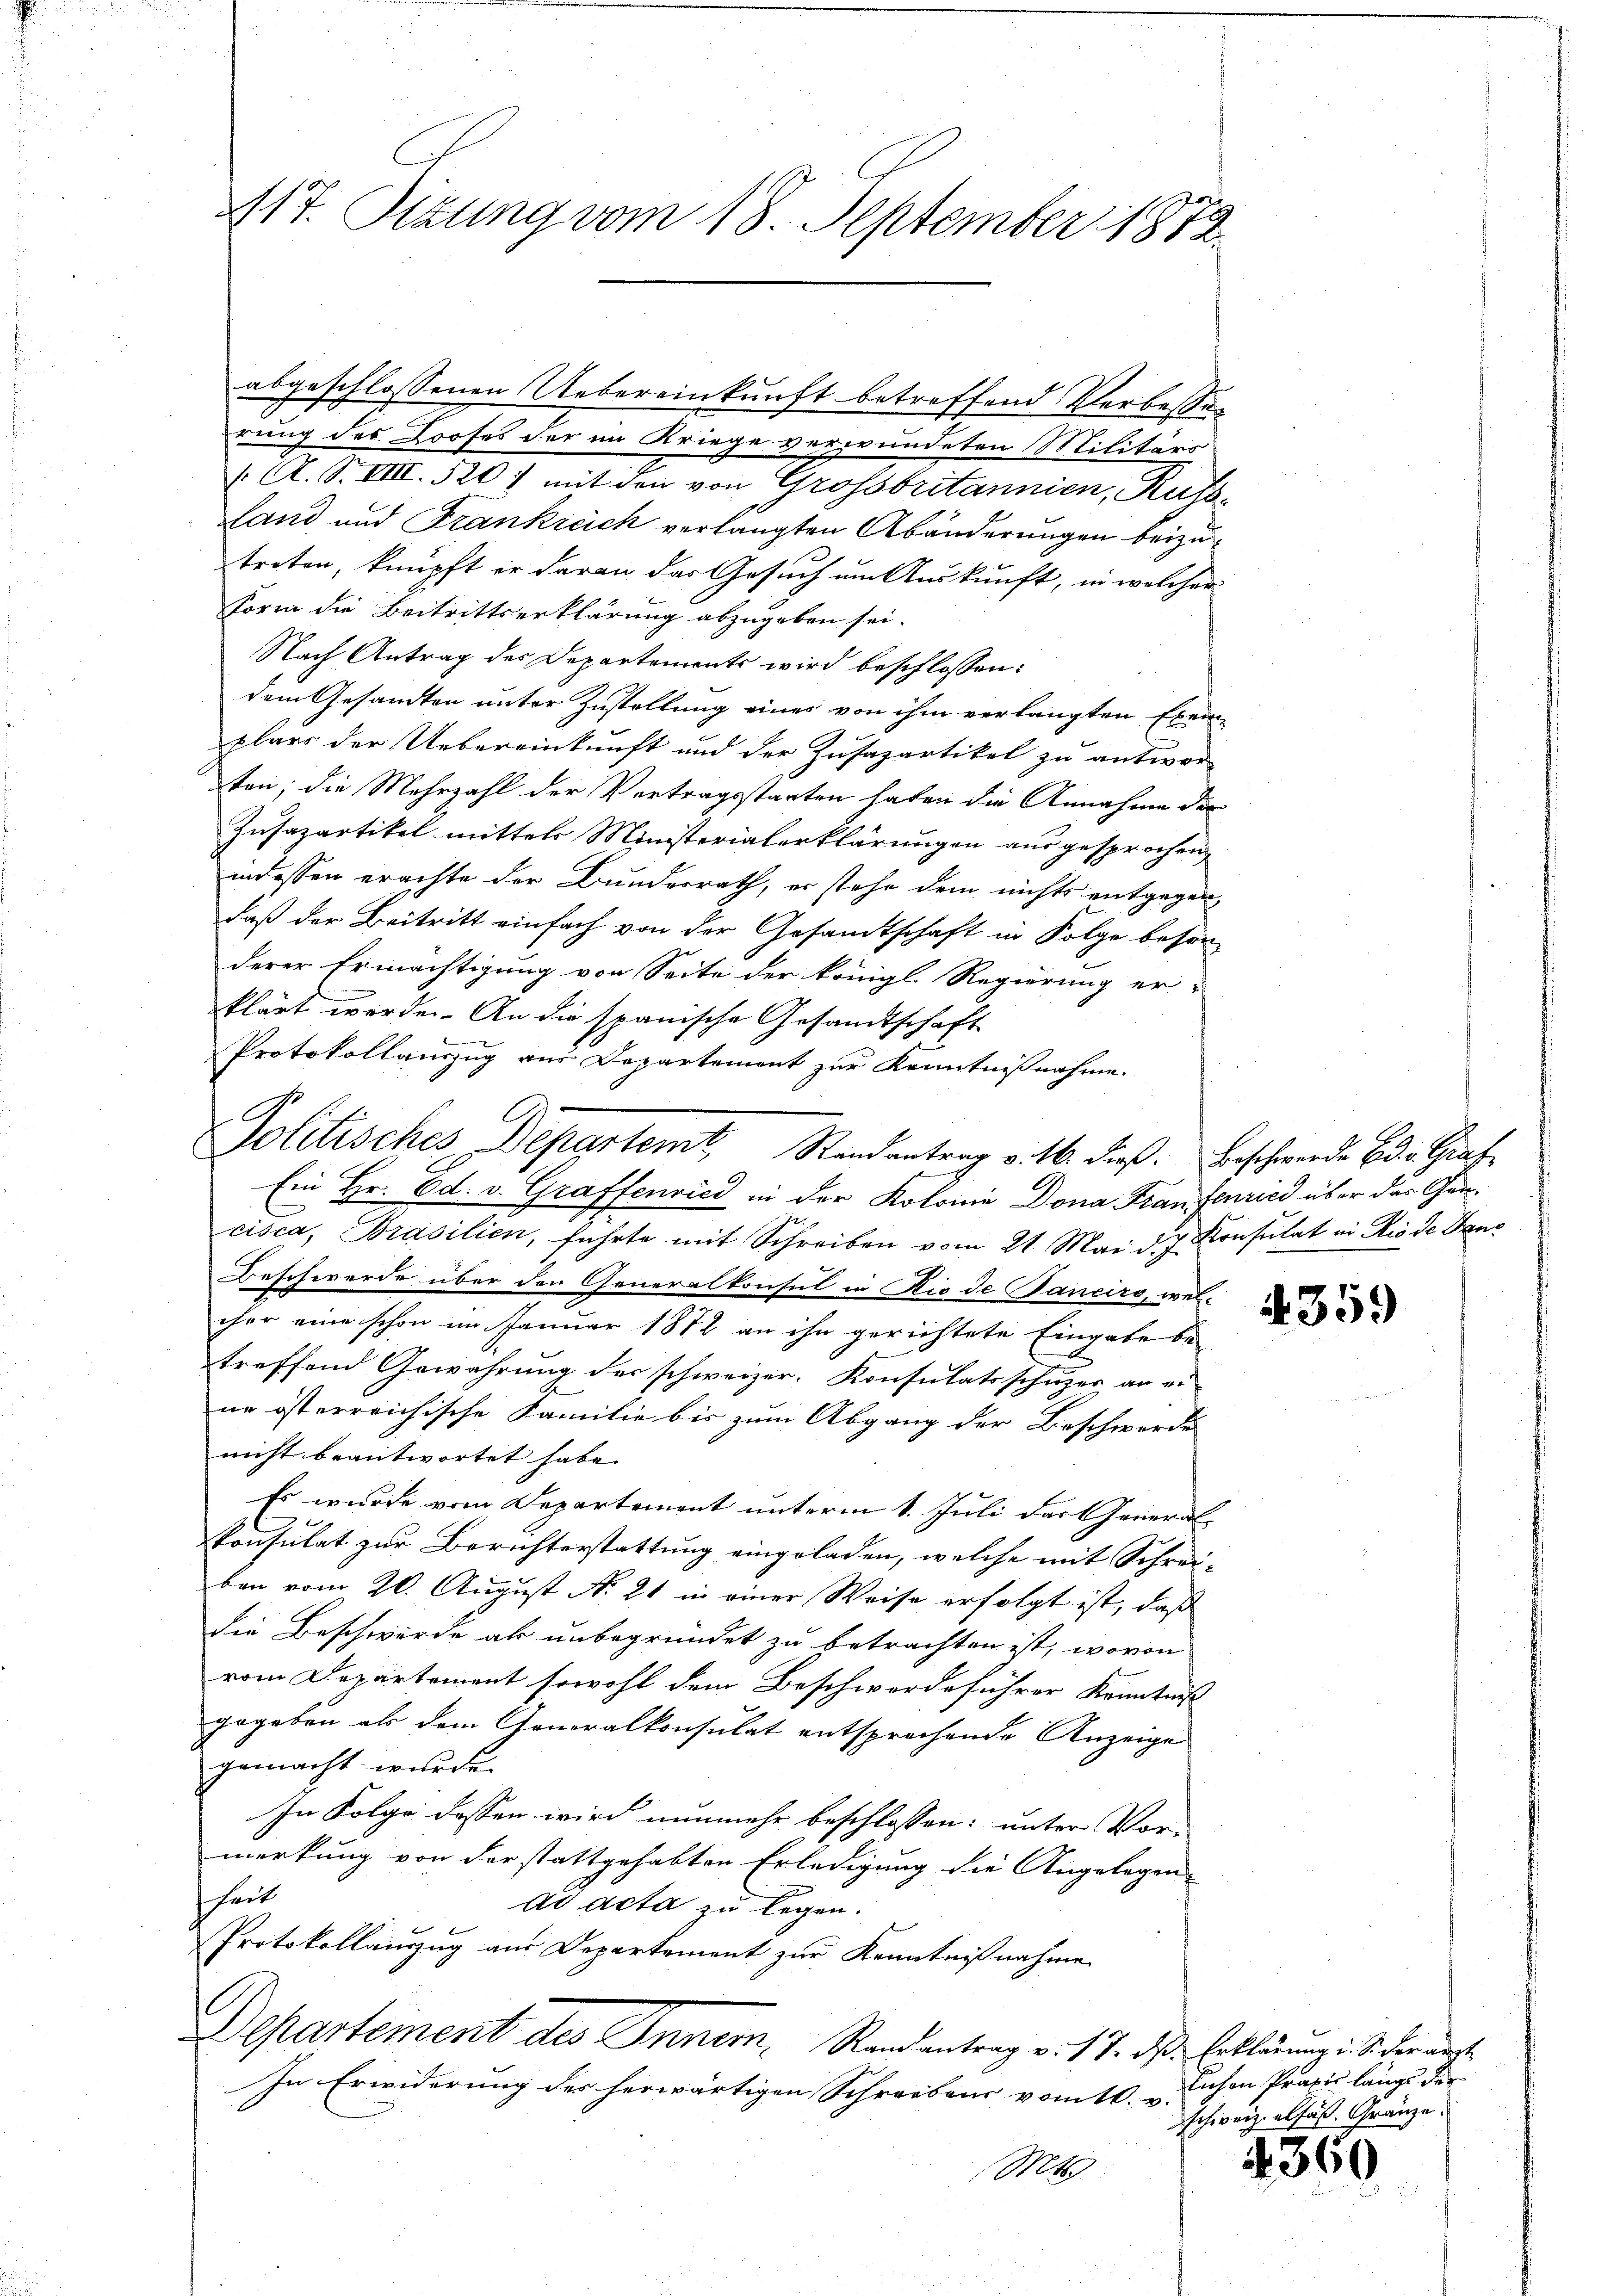
rung des Profes der im Kriege verwundeten Militärs
/A. S. VIII 520) mit den von Grossbritannien, Kussland und Frankreich verlangten Abänderungen beizutreten, knüpft er daran das Gesuch um Auskunft, in welcher
Form die Beitrittserklärung abzugeben sei.
Nach Antrag des Departements wird beschlossen:
dem Gesandten unter Zustellung eines von ihm verlangten Exemplars der Uebereinkunft und der Zusazartikel zu antwor-
ten; die Mehrzahl der Vortragsstaaten haben die Annahme der
Kusapartikel mittels Ministerialerklärungen ausgesprochen,
indessen erachte der Bundesrath, er stehe dem nichts entgegendaß der Beitritt einfach von der Gesandtschaft in Folge beson-
derer Ermächtigung von Seite der königl. Regierung er-
klärt werden. An die spanische Gesandtschaft
Protokollanzug aus Departement zur Kenntnißnahme.
Ein Hr. Ed. v. Graffenried in der Kolonie Dona Franfenried über das Gencisca, Brasilien, führte mit Schreiben vom 21. Mai d. Konsulat in Rio de Danc
Beschwerde über den Generalkonsul in Die de Janeiro, welcher eine schon im Januar 1872 an ihn gerichtete Eingabe be-
treffend Gewährung des schweizer. Konsulatsschuzer an ei
ne österreichische Familie bis zum Abgang der Beschwerde
nicht beantwortet habe.
Es wurde vom Departemont unterm 1. Juli dart General-
konsulat zur Berichterstattung eingeladen, welche mit Schreiben vom 20. August No. 21 in einer Weise erfolgt ist, daß
die Beschwerde als unbegründet zu betrachten ist, wovon
vom Departement sowohl dem Beschwerdeführer Kenntniß
gegeben als dem Generalkonsulat entsprechende Anzeige
gemacht wurde.
In Folge dessen wird nunmehr beschlossen: unter Vor-
merkung von der stattgehabten Erledigung die Angelegen
hheit
ad acta zu legen.
Protokollauszug aus Departement zur Kenntnißnahme
Departement des Innern. Randantrag v. 17. ds. Erklärung i. S. der anst
In Erwiderung des herwärtigen Schreibens vom 10. v.
Mts

117. Sizung vom 18. September 1872.

abgeschlossenen Uebereinkunft betroffend Verbesse¬

Politisches Departemt, Randantrag v. M. dieß. Erschwerde dr. Graf

4359)

lichen Praxis längs der
schweiz. alfäß. Gränze.

4360